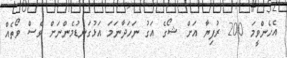
އެހެންވީމަ 200 ރުފިޔާ އަށް ޝޯގެ އަގު ނަހަދާނަމަ އަޅުގަނޑުމެންނަށް ވެސް ވޯތެއް